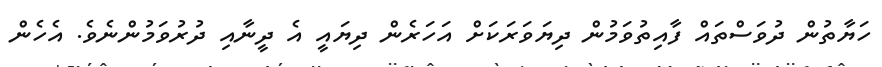
ހަޔާތުން ދުވަސްތައް ފާއިތުވަމުން ދިޔަވަރަކަށް އަހަރެން ދިޔައީ އެ ދީނާއި ދުރުވަމުންނެވެ. އެހެން